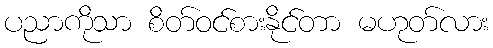
ပညာကိုသာ စိတ်ဝင်စားနိုင်တာ မဟုတ်လား